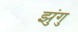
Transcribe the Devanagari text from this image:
झुंगु